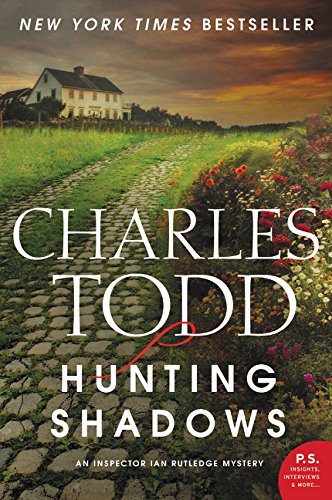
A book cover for Hunting Shadows: An Inspector Ian Rutledge Mystery (Inspector Ian Rutledge Mysteries); Charles Todd; Mystery, Thriller & Suspense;